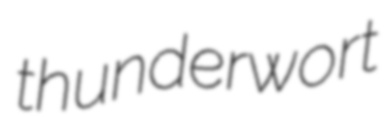
thunderwort